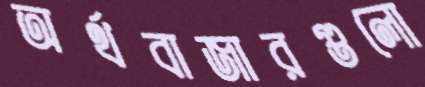
অর্থবাজারগুলো